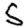
Digit: 5